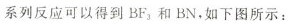
系列反应可以得到BF_{3}和BN，如下图所示：